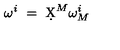
\omega ^ { i } \ = \ \d X ^ { M } \omega _ { M } ^ { i }